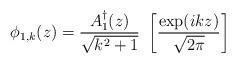
LaTeX: \begin{align*}\phi_{1,k}(z) = {{A_{1}^{\dagger}(z)} \over {\sqrt{k^2 + 1}}} \ \left[{{\exp(ikz)} \over{\sqrt{2 \pi}}} \right]\end{align*}